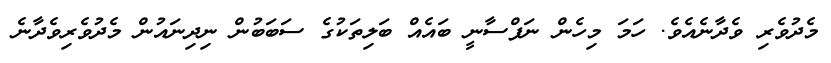
މެދުވެރި ވެދާނެއެވެ. ހަމަ މިހެން ނަފްސާނީ ބައެއް ބަލިތަކުގެ ސަބަބުން ނިދިނައުން މެދުވެރިވެދާނެ